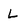
Character: L